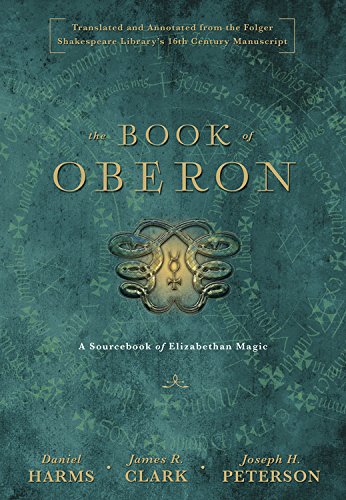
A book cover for The Book of Oberon: A Sourcebook of Elizabethan Magic; Daniel Harms; Religion & Spirituality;